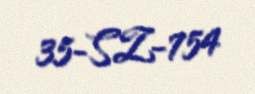
35-SZ-754